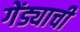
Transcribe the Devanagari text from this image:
गेंड्याची